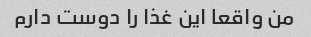
من واقعا این غذا را دوست دارم